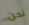
نحن